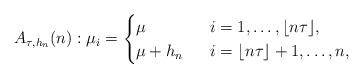
LaTeX: \begin{align*}A_{\tau, h_n}(n):\mu_i=\begin{cases}\mu \ & \ i=1, \ldots, \lfloor n\tau\rfloor,\\\mu+h_n \ & \ i=\lfloor n\tau \rfloor +1, \ldots, n,\end{cases}\end{align*}